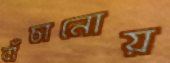
বাঁচানোয়